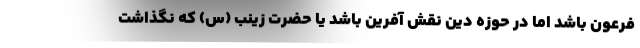
فرعون باشد اما در حوزه دین نقش آفرین باشد یا حضرت زینب (س) که نگذاشت